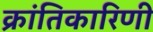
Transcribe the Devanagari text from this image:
क्रांतिकारिणी